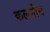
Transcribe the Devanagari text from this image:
कलनीय